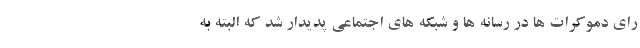
رای دموکرات ها در رسانه ها و شبکه های اجتماعی پدیدار شد که البته به